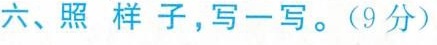
六、照样子，写一写。(9分)